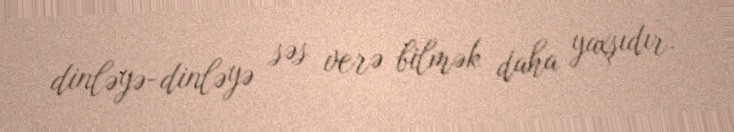
dinləyə-dinləyə səs verə bilmək daha yaxşıdır.